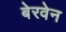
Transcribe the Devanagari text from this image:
बेरवेन